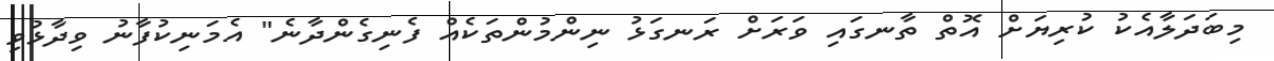
މިބަދަލާއެކު ކުރިޔަށް އޮތް ތާނގައި ވަރަށް ރަނގަޅު ނިންމުންތަކެއް ފެނިގެންދާނެ" އެމަނިކުފާނު ވިދާޅުވި